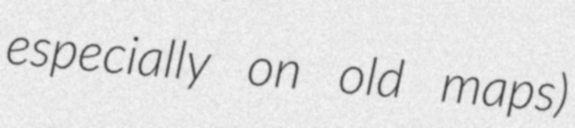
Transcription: especially on old maps)